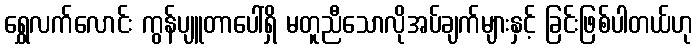
ရွှေလက်လောင်း ကွန်ပျူတာပေါ်ရှိ မတူညီသောလိုအပ်ချက်များနှင့် ခြင်းဖြစ်ပါတယ်ဟု